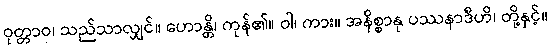
ဝုတ္တာဝ၊ သည်သာလျှင်။ ဟောန္တိ၊ ကုန်၏။ ဝါ၊ ကား။ အနိစ္စာနု ပဿနာဒီဟိ၊ တို့နှင့်။